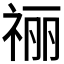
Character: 𫀌